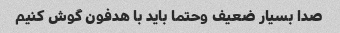
صدا بسیار ضعیف وحتما باید با هدفون گوش کنیم